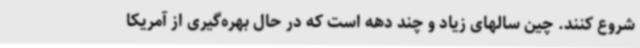
شروع کنند. چین سالهای زیاد و چند دهه است که در حال بهره‌گیری از آمریکا